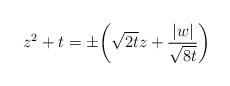
LaTeX: \begin{align*}z^2+t=\pm\bigg(\sqrt{2t}z+\frac{|w|}{\sqrt{8t}}\bigg)\end{align*}